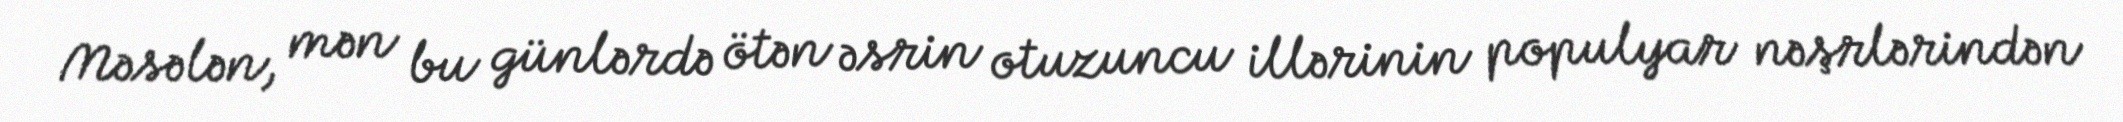
Məsələn, mən bu günlərdə ötən əsrin otuzuncu illərinin populyar nəşrlərindən